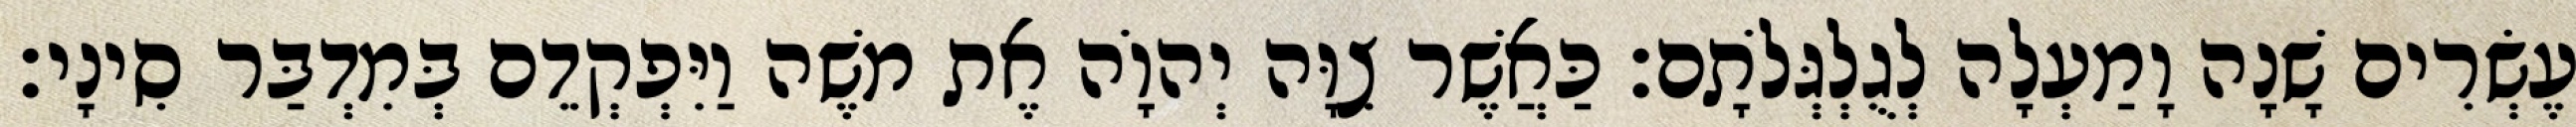
עֶשְׂרִים שָׁנָה וָמַעְלָה לְגֻלְגְּלֹתָם׃ כַּאֲשֶׁר צִוָּה יְהוָֹה אֶת משֶׁה וַיִּפְקְדֵם בְּמִדְבַּר סִינָי׃